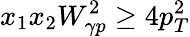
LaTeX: x_{1}x_{2}W_{\gamma p}^{2}\ge 4p_{T}^{2}